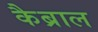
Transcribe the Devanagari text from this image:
कैब्राल